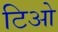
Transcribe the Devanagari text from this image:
टिओ